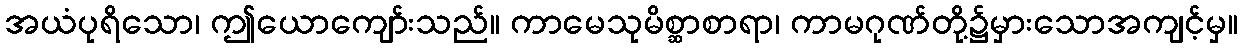
အယံပုရိသော၊ ဤယောကျော်းသည်။ ကာမေသုမိစ္ဆာစာရာ၊ ကာမဂုဏ်တို့၌မှားသောအကျင့်မှ။